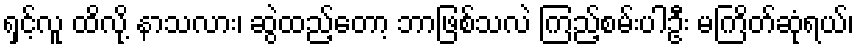
ရှင့်လူ ထိလို့ နာသလား၊ ဆွဲထည့်တော့ ဘာဖြစ်သလဲ ကြည့်စမ်းပါဦး မကြိတ်ဆုံရယ်၊